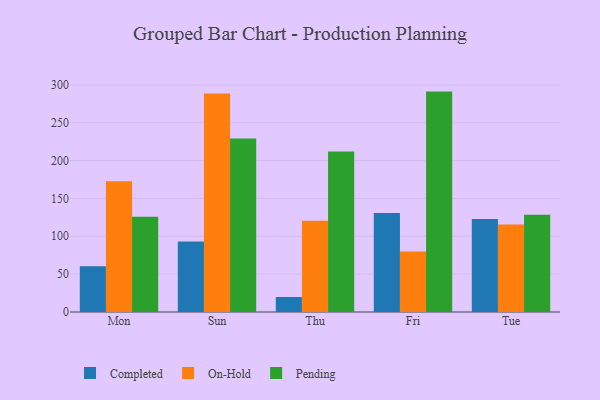
{"axis": {"x": "Day", "y": "Market Share (%)"}, "legend": ["Completed", "On-Hold", "Pending"], "data": [{"x": "Mon", "y": 60.4, "type": "Completed"}, {"x": "Mon", "y": 172.7, "type": "On-Hold"}, {"x": "Mon", "y": 125.7, "type": "Pending"}, {"x": "Sun", "y": 93.1, "type": "Completed"}, {"x": "Sun", "y": 288.5, "type": "On-Hold"}, {"x": "Sun", "y": 229.0, "type": "Pending"}, {"x": "Thu", "y": 19.8, "type": "Completed"}, {"x": "Thu", "y": 120.6, "type": "On-Hold"}, {"x": "Thu", "y": 212.1, "type": "Pending"}, {"x": "Fri", "y": 130.7, "type": "Completed"}, {"x": "Fri", "y": 79.8, "type": "On-Hold"}, {"x": "Fri", "y": 291.1, "type": "Pending"}, {"x": "Tue", "y": 122.8, "type": "Completed"}, {"x": "Tue", "y": 115.7, "type": "On-Hold"}, {"x": "Tue", "y": 128.4, "type": "Pending"}]}